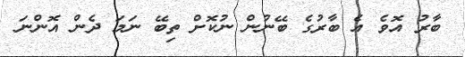
ބާރު އޮވެ އެ ބާރުގެ ބޭނުން ނުކޮށް ތިބޭ ނަމަ ދެން އޮންނަ